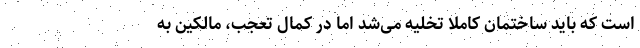
است که باید ساختمان کاملا تخلیه می‌شد اما در کمال تعجب، مالکین به